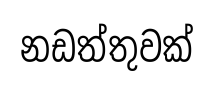
නඩත්තුවක්